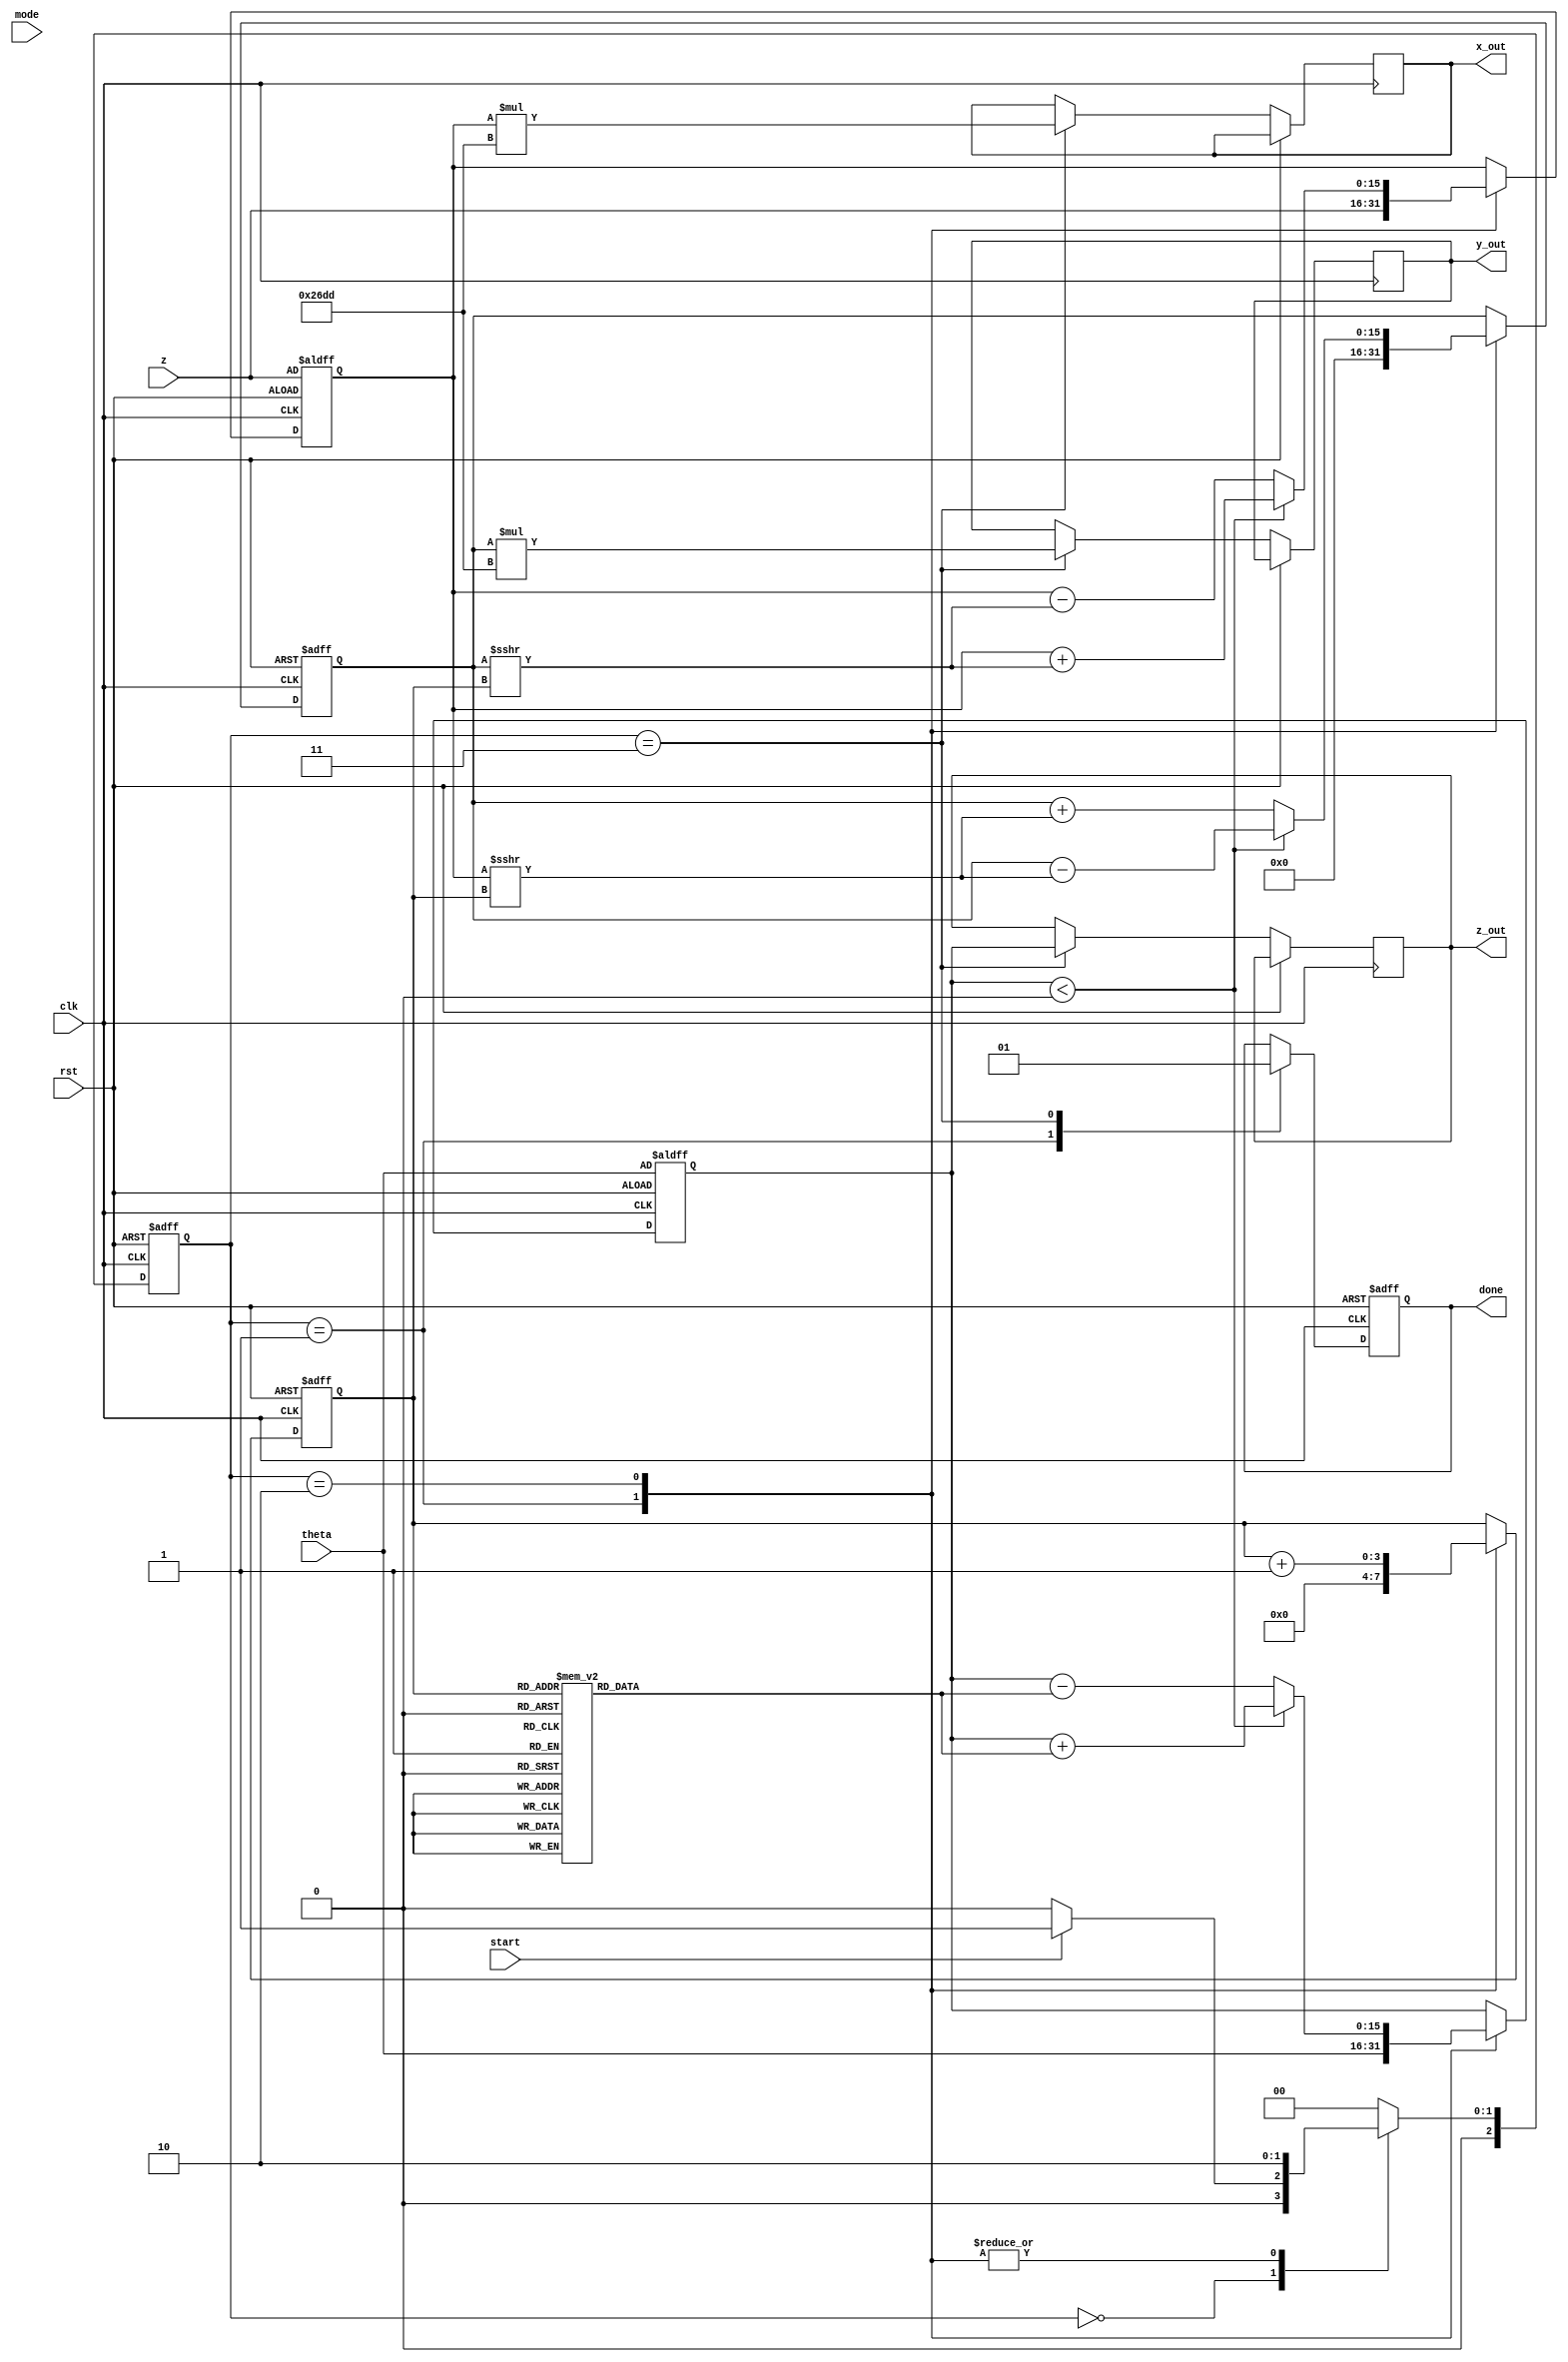
module cordic (
    input wire clk,
    input wire rst,
    input wire [15:0] theta,      // Angle input in fixed-point Q1.15 format
    input wire [15:0] z,          // Magnitude input in fixed-point Q1.15 format
    input wire [1:0] mode,        // Operation mode: 00 -> sine, 01 -> cosine
    input wire start,             // Signal to start computation
    output reg [15:0] x_out,      // X output coordinate
    output reg [15:0] y_out,      // Y output coordinate
    output reg [15:0] z_out,      // Z output value (final angle/magnitude)
    output reg done               // Computation done flag
);

// Parameters
parameter N = 16;                   // Number of iterations
parameter scaling_factor = 16'h26DD; // Scaling factor for CORDIC
reg [15:0] atan_table [0:N-1]; // Precomputed arctangent values
reg [15:0] x, y, z_reg;          // Internal registers
reg [3:0] iteration;             // Iteration counter
reg [2:0] state;                 // FSM state
reg [2:0] next_state;

// FSM States
localparam IDLE = 3'b000,
           INIT = 3'b001,
           RUN = 3'b010,
           DONE = 3'b011;

// Initialize arctangent table values (this should be done elsewhere ideally)
initial begin
    atan_table[0] = 16'h2000; // atan(2^0)
    atan_table[1] = 16'h1666; // atan(2^-1)
    atan_table[2] = 16'h0D89; // atan(2^-2)
    atan_table[3] = 16'h05A8; // atan(2^-3)
    atan_table[4] = 16'h02D4; // atan(2^-4)
    // Further initialize the table...
end

// FSM for controlling the operations
always @(posedge clk or posedge rst) begin
    if (rst)
        state <= IDLE;
    else
        state <= next_state;
end

// Next state logic
always @(*) begin
    case (state)
        IDLE: if (start) next_state = INIT; else next_state = IDLE;
        INIT: next_state = RUN;
        RUN: if (iteration == N) next_state = DONE; else next_state = RUN;
        DONE: next_state = IDLE;
        default: next_state = IDLE;
    endcase
end

// Main computation
always @(posedge clk or posedge rst) begin
    if (rst) begin
        x <= z;
        y <= 16'd0;
        z_reg <= theta;
        iteration <= 4'd0;
        done <= 1'b0;
    end
    else begin
        case (state)
            INIT: begin
                x <= z;
                y <= 16'd0;
                z_reg <= theta;
                iteration <= 4'd0;
                done <= 1'b0;
            end
            RUN: begin
                // CORDIC rotation computations based on current iteration
                if (z_reg < 0) begin
                    // Compute rotation in the counter-clockwise direction
                    x <= x + (y >>> iteration);
                    y <= y - (x >>> iteration);
                    z_reg <= z_reg + atan_table[iteration];
                end else begin
                    // Compute rotation in the clockwise direction
                    x <= x - (y >>> iteration);
                    y <= y + (x >>> iteration);
                    z_reg <= z_reg - atan_table[iteration];
                end
                iteration <= iteration + 1;
            end
            DONE: begin
                x_out <= x * scaling_factor;  // Apply scaling factor
                y_out <= y * scaling_factor;  // Apply scaling factor
                z_out <= z_reg;               // Final angle/magnitude
                done <= 1'b1;                 // Indicate computation is done
            end
        endcase
    end
end

endmodule